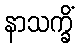
နာသက္ခိံ